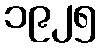
၁၉၂၅